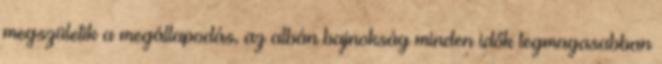
megszületik a megállapodás, az albán bajnokság minden idők legmagasabban